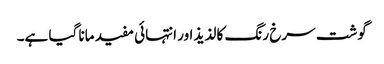
گوشت سرخ رنگ کا لذیذ اور انتہائی مفید مانا گیا ہے۔